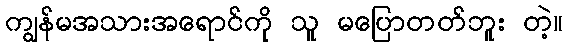
ကျွန်မအသားအရောင်ကို သူ မပြောတတ်ဘူး တဲ့။